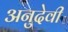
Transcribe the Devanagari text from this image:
अनुदेवी